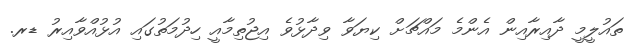
ތައުލީމީ ދާއިރާއިން އެންމެ މައްޗަށް ކިޔަވާ ވިދާޅުވެ އިޖުތިމާއީ ހިދުމަތުގައި އުޅުއްވާއިރު ޑރ.